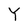
Character: Y